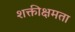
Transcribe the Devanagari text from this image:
शक्तीक्षमता